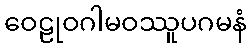
ဝေဠုဝဂါမဝဿူပဂမနံ